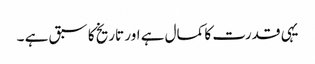
یہی قدرت کا کمال ہے اور تاریخ کا سبق ہے ۔